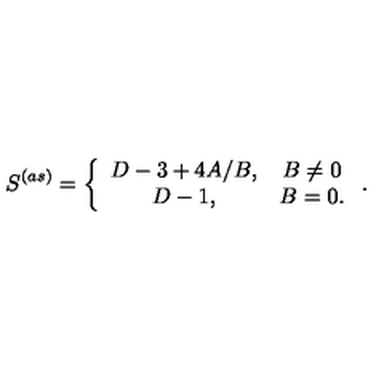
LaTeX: S ^ { ( a s ) } = \left\{ \begin{array} { c c } { D - 3 + 4 A / B , } & { B \neq 0 } \\ { D - 1 , } & { B = 0 . } \\ \end{array} \right. .